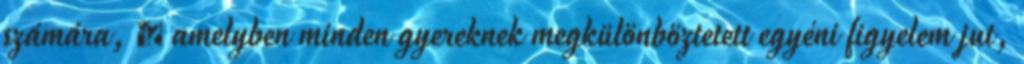
számára, ◊ amelyben minden gyereknek megkülönböztetett egyéni figyelem jut,